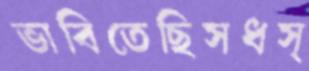
ভাবিতেছিসধস্